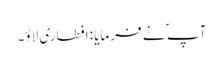
آپ ؐ نے فرمایا :افطاری لاؤ۔